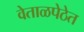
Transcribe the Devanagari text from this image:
वेताळपेठेत